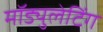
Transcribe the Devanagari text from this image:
मॉड्युलेटिंग